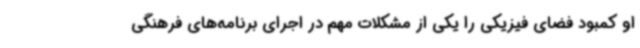
او کمبود فضای فیزیکی را یکی از مشکلات مهم در اجرای برنامه‌های فرهنگی